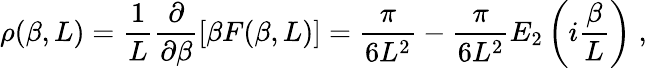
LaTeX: \rho(\beta,L)=\frac{1}{L}\frac{\partial}{\partial\beta}\left[\beta F(\beta,L)\right]=\frac{\pi}{6L^{2}}-\frac{\pi}{6L^{2}}E_{2}\left(i\frac{\beta}{L}\right)\; ,